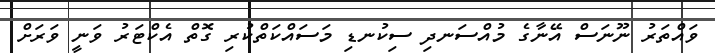
ވައްތަރު ނޫނަސް އޭނާގެ މުއްސަނދި ސިކުނޑި މަސައްކަތްކުރި ގޮތް އެކްޓަރު ވަނީ ވަރަށް